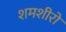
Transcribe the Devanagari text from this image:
शमशीरो